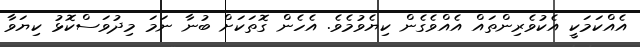
އެއްކަމަކީ އެކުވެރިންތައް އެއްވެގެން ކިޔެވުމެވެ. އެހެން ގޮތަކަަށް ބުނާ ނަމަ މިދުވަސްކޮޅު ކިޔަވާ